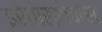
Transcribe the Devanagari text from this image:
इरेतोस्थेनस